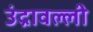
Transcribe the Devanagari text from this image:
उंद्रावल्ली